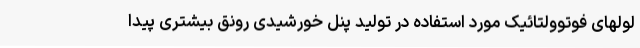
لولهای فوتوولتائیک مورد استفاده در تولید پنل خورشیدی رونق بیشتری پیدا